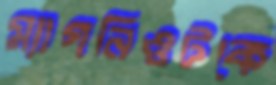
ম্যাগনিওটকে